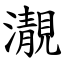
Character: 㵾